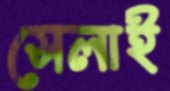
সেলাই